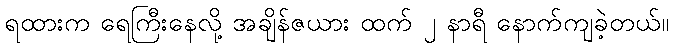
ရထားက ရေကြီးနေလို့ အချိန်ဇယား ထက် ၂ နာရီ နောက်ကျခဲ့တယ်။